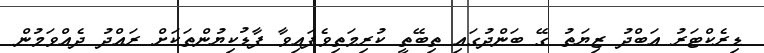
ޑިރެކްޓަރު އަބްދު ޒިޔަތު ގޭ ބަންދުގައި ތިބޭތީ ކުރިމަތިވެފައިވާ ފާޑުކިޔުންތަކަށް ރައްދު ދެއްވަމުން